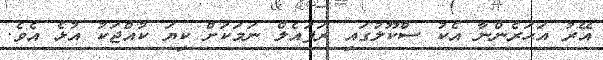
އޭރު އަހަރެންނާ އެކު ސްކޫލުގައި ރަފައެލް ނަމަކަށް ކިޔަ ކުއްޖަކު އުޅެ އެވެ.